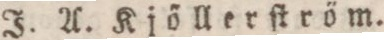
J. A. Kjöllerſtröm.